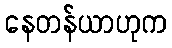
နေတန်ယာဟုက